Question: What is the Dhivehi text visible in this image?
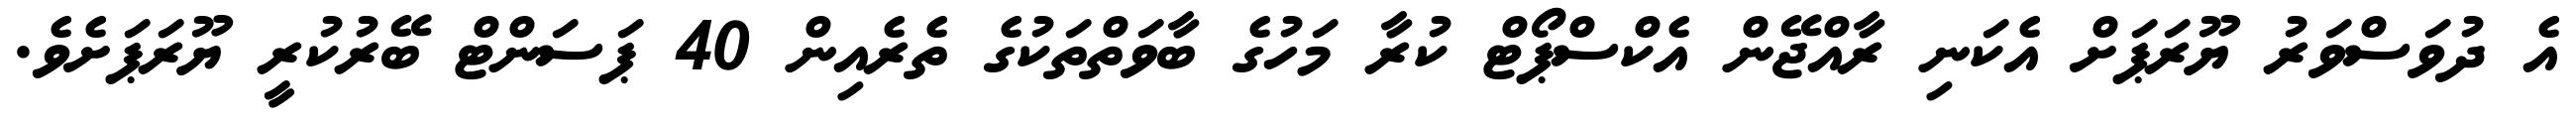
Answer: އެ ދުވަސްވަރު ޔޫރަޕަށް އެކަނި ރާއްޖޭން އެކްސްޕޯޓް ކުރާ މަހުގެ ބާވަތްތަކުގެ ތެރެއިން 40 ޕަސަންޓް ބޭރުކުރީ ޔޫރަޕަށެވެ.